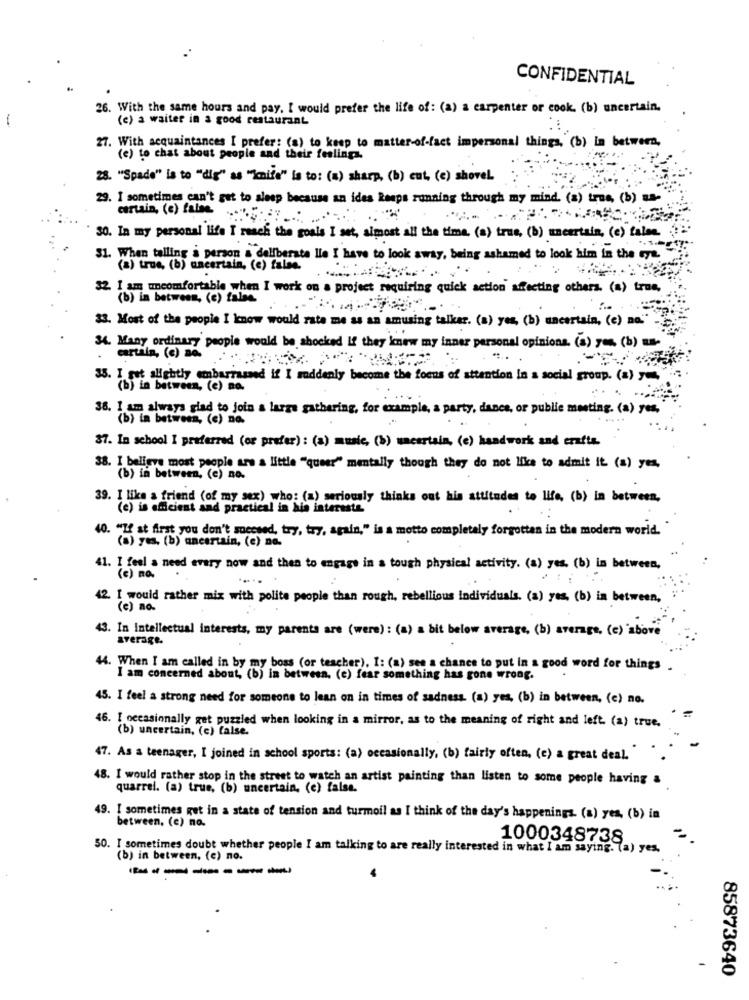
CONFIDENTIAL
26. With the same hours and pay. I would prefer the life of: (a) a carpenter or cook. (b) uncertain.
(e) a waiter in a good restaurant
27. With acquaintances I prefer: (a) to keep to matter-of-fact impersonal things, (b) in between,
(e) to chat about people and their feelings.
28. "Spade" is to "dig" as "mile" is to: (a) sharp, (b) cut, (e) shovel
29. I sometimes can't get to sleep because an idea keeps running through my mind. (a) true, (b) sa-
certain, (e) false ........ . ..
30. In my personal life I reach the goals I set, almost all the time. (a) true, (b) meertais, (e) falos.
51. When telling a person a deliberate lie I have to look away, being ashamed to look him in the eye.
(a) true, (b) uncertain, (e) false.
32. I am uncomfortable when I work on a project requiring quick action affecting others. (a) true,
(b) in between, (c) false.
33. Most of the people I know would rate me as an amusing talker. (a) yes, (b) uncertain, (e) na."
34. Many ordinary people would be shocked if they know my inner personal opinions. (s) yes. (b) um-
cartain, (c) Be.
35. I got slightly embarrassed if I suddenly become the focus of attention in a social group. (a) you,
(b) in between, (e) no.
38. I am always glad to join a large gathering, for example, a party, dance, or public meeting. (a) yes,
(b) in between, (e) no.
$7. In school I preferred (or prefer) : (a) music, (b) uncertain, (e) handwork and crafts.
38. I believe most people are a little "queer" mentally though they do not like to admit it (a) yes,
(b) in between, (e) no.
39. I like a friend (of my sex) who: (a) seriously thinks out his attitudes to life, (b) in between,
(c) is efficient and practical in his interests
. "If at first you don't succeed, try, try, again," is a motto completely forgotten in the modern world."
(a) yes. (b) uncertain, (e) no.
41. I feel a need every now and then to engage in a tough physical activity. (a) yes. (b) in between,
( c ) na.
42. I would rather mix with polite people than rough, rebellious individuals. (a) yes, (b) in between,
(e) no.
43. In Intellectual interests, my parents are (were) : (a) a bit below average, (b) average, (c) above
average.
44. When I am called in by my boss (or teacher), I: (a) see a chance to put in a good word for things .
I am concerned about, (b) in between. (e) fear something has gone wrong.
45. I feel a strong need for someone to lean on in times of sadness. (a) yes, (b) in between, (c) no.
46. I occasionally get puzzled when looking in a mirror, as to the meaning of right and left. (a) true.
(b) uncertain, (c) Calse.
47. As a teenager, I joined in school sports: (a) occasionally, (b) fairly often, (c) a great deal.
48. I would rather stop in the street to watch an artist painting than listen to some people having a
quarrel. (a) true, (b) uncertain, (e) false.
49. I sometimes get in a state of tension and turmoil as I think of the day's happenings. (a) yes, (b) in
between. (c) no.
1000348738
50. I sometimes doubt whether people I am talking to are really interested in what I am saying. (a) yes.
(b) in between, (c) no.
-------
85873640